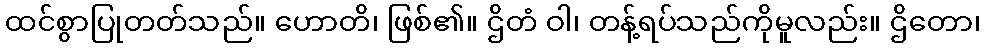
ထင်စွာပြုတတ်သည်။ ဟောတိ၊ ဖြစ်၏။ ဌိတံ ဝါ၊ တန့်ရပ်သည်ကိုမူလည်း။ ဌိတော၊